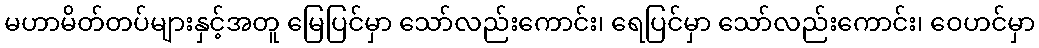
မဟာမိတ်တပ်များနှင့်အတူ မြေပြင်မှာ သော်လည်းကောင်း၊ ရေပြင်မှာ သော်လည်းကောင်း၊ ဝေဟင်မှာ